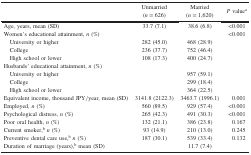
<table><thead><tr><td><b> </b></td><td><b>Unmarried(<i>n</i> = 626)</b></td><td><b>Married(<i>n</i> = 1,620)</b></td><td><b><i>P</i> value<sup>a</sup></b></td></tr></thead><tbody><tr><td>Age, years, mean (SD)</td><td>33.7 (7.1)</td><td>38.6 (6.8)</td><td>&lt;0.001</td></tr><tr><td>Women’s educational attainment, <i>n</i> (%)</td><td> </td><td> </td><td>&lt;0.001</td></tr><tr><td> University or higher</td><td>282 (45.0)</td><td>468 (28.9)</td><td> </td></tr><tr><td> College</td><td>236 (37.7)</td><td>752 (46.4)</td><td> </td></tr><tr><td> High school or lower</td><td>108 (17.3)</td><td>400 (24.7)</td><td> </td></tr><tr><td>Husbands’ educational attainment, <i>n</i> (%)</td><td> </td><td> </td><td> </td></tr><tr><td> University or higher</td><td> </td><td>957 (59.1)</td><td> </td></tr><tr><td> College</td><td> </td><td>299 (18.4)</td><td> </td></tr><tr><td> High school or lower</td><td> </td><td>364 (22.5)</td><td> </td></tr><tr><td>Equivalent income, thousand JPY/year, mean (SD)</td><td>3141.8 (2122.3)</td><td>3463.7 (1996.1)</td><td>0.001</td></tr><tr><td>Employed, <i>n</i> (%)</td><td>560 (89.5)</td><td>929 (57.4)</td><td>&lt;0.001</td></tr><tr><td>Psychological distress, <i>n</i> (%)</td><td>265 (42.3)</td><td>491 (30.3)</td><td>&lt;0.001</td></tr><tr><td>Poor oral health, <i>n</i> (%)</td><td>132 (21.1)</td><td>386 (23.8)</td><td>0.167</td></tr><tr><td>Current smoker,<sup>b</sup><i>n</i> (%)</td><td>93 (14.9)</td><td>210 (13.0)</td><td>0.245</td></tr><tr><td>Preventive dental care use,<sup>b</sup><i>n</i> (%)</td><td>187 (30.1)</td><td>539 (33.4)</td><td>0.132</td></tr><tr><td>Duration of marriage (years),<sup>b</sup> mean (SD)</td><td> </td><td>11.7 (7.4)</td><td> </td></tr></tbody></table>